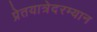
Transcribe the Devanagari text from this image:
प्रेतयात्रेदरम्यान